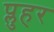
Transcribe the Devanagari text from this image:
प्लुहर